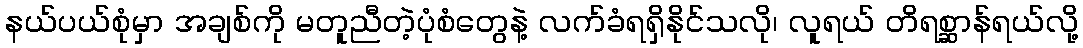
နယ်ပယ်စုံမှာ အချစ်ကို မတူညီတဲ့ပုံစံတွေနဲ့ လက်ခံရရှိနိုင်သလို၊ လူရယ် တိရစ္ဆာန်ရယ်လို့